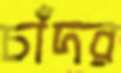
চাঁদর